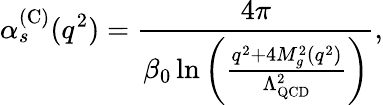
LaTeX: \alpha_{s}^{(\mathrm{C)}}(q^{2})=\frac{4\pi}{\beta_{0}\ln\left(\frac{q^{2}+4M_{g}^{2}(q^{2})}{\Lambda_{\mathrm{QCD}}^{2}}\right)},